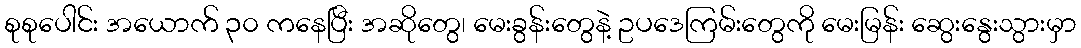
စုစုပေါင်း အယောက် ၃၀ ကနေပြီး အဆိုတွေ၊ မေးခွန်းတွေနဲ့ ဥပဒေကြမ်းတွေကို မေးမြန်း ဆွေးနွေးသွားမှာ